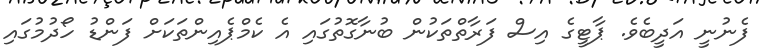
ފެނުނީ އަދީބެވެ. ޕާޓީގެ އިސް ފަރާތްތަކުން ބުނާގޮތުގައި އެ ކެމްޕެއިންތަކަށް ފަންޑު ހޯދުމުގައި